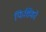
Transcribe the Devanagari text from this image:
फिसिको